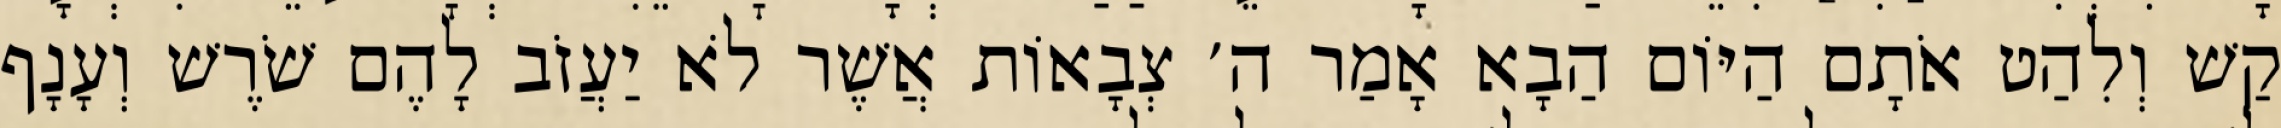
קַשׁ וְלִהַט אֹתָם הַיּוֹם הַבָא אָמַר ה׳ צְבָאוֹת אֲשֶׁר לֹא יַעֲזֹב לָהֶם שֹׁרֶשׁ וְעָנָף